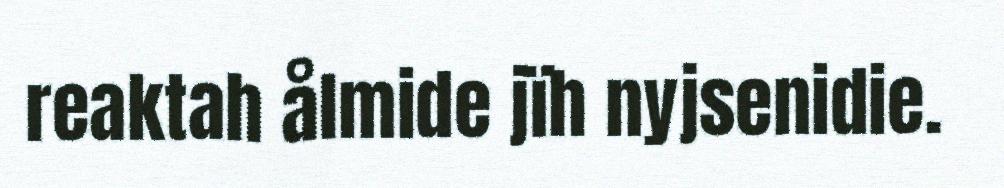
reaktah ålmide jïh nyjsenidie.